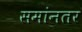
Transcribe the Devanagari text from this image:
समांनतर